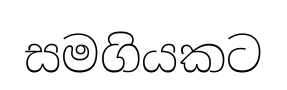
සමගියකට